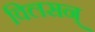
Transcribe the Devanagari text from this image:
विलसन्